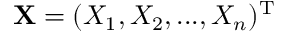
\mathbf { X } = ( X _ { 1 } , X _ { 2 } , . . . , X _ { n } ) ^ { \mathrm { T } }